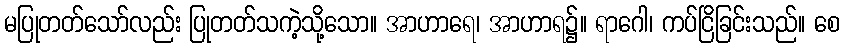
မပြုတတ်သော်လည်း ပြုတတ်သကဲ့သို့သော။ အာဟာရေ၊ အာဟာရ၌။ ရာဂေါ၊ ကပ်ငြိခြင်းသည်။ စေ